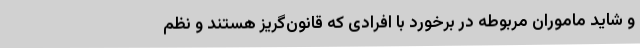
و شاید ماموران مربوطه در برخورد با افرادی که قانون‌گریز هستند و نظم